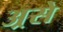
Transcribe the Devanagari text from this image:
अ्रसे